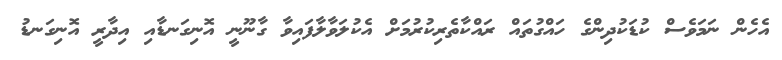
އެހެން ނަމަވެސް ކުޑަކުދިންގެ ހައްގުތައް ރައްކާތެރިކުރުމަށް އެކުލަވާލާފައިވާ ގާނޫނީ އޮނިގަނޑާއި އިދާރީ އޮނިގަނޑު